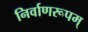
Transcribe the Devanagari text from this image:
निर्वाणरूपम्